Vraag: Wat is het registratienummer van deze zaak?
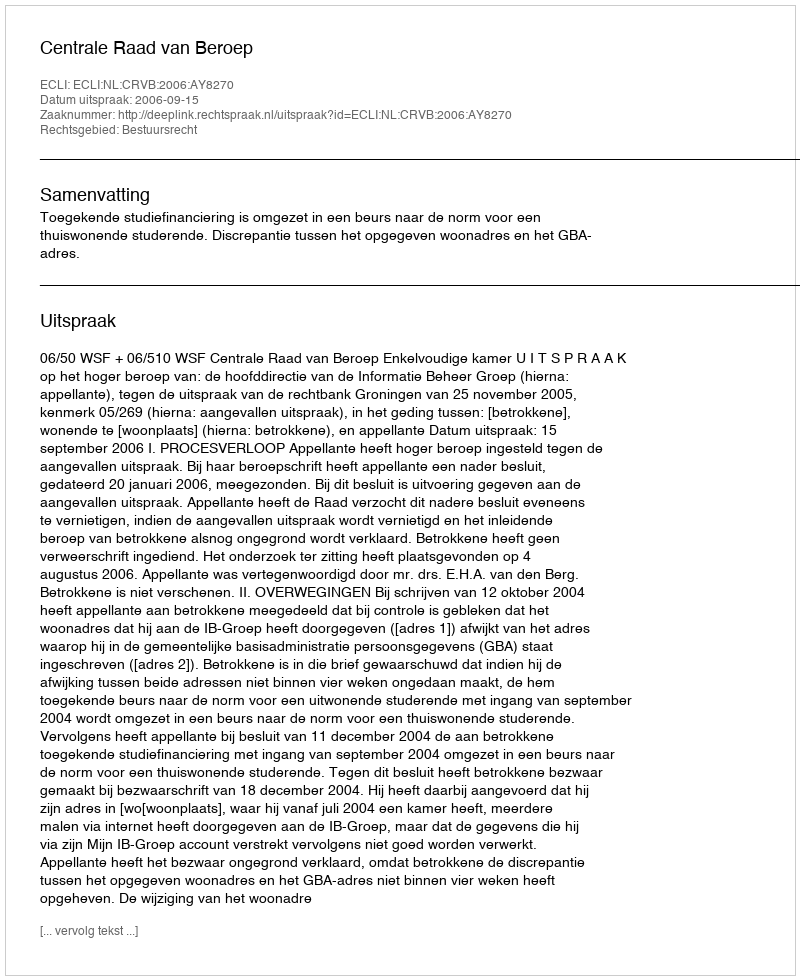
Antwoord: http://deeplink.rechtspraak.nl/uitspraak?id=ECLI:NL:CRVB:2006:AY8270